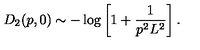
D _ { 2 } ( p , 0 ) \sim - \log \left[ 1 + \frac { 1 } { p ^ { 2 } L ^ { 2 } } \right] .